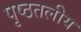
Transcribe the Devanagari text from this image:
पृष्ठतलीय